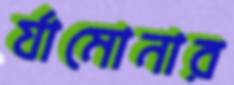
র‍্যামোনার